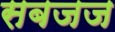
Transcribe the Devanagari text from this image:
सबजज